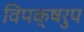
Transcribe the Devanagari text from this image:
विपक्षरुप